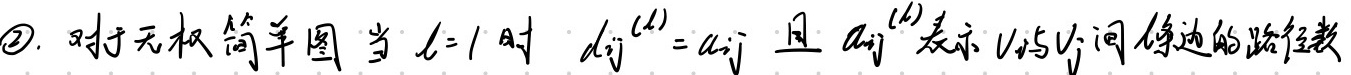
\textcircled{2} 对于无权简单图，当 $l = 1$ 时，
\[d_{ij}^{(l)}=a_{ij}\]
且 $a_{ij}^{(l)}$表示$v_i$与$v_j$间邻边的路径数。